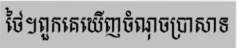
ថៃ។ពួកគេឃើញចំណុចប្រាសាទ